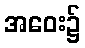
အဝေး၌